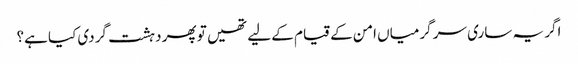
اگر یہ ساری سر گرمیاں امن کے قیام کے لیے تھیں تو پھر دہشت گردی کیا ہے؟